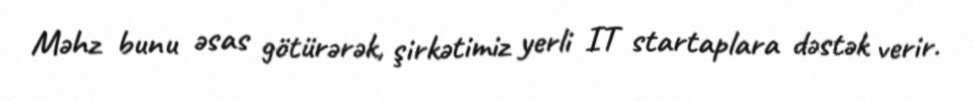
Məhz bunu əsas götürərək, şirkətimiz yerli IT startaplara dəstək verir.